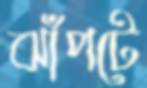
ঝাঁপটে